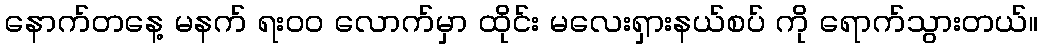
နောက်တနေ့ မနက် ရး၀၀ လောက်မှာ ထိုင်း မလေးရှားနယ်စပ် ကို ရောက်သွားတယ်။